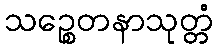
သဉ္စေတနာသုတ္တံ